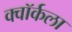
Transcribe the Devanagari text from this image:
क्वॉर्कला